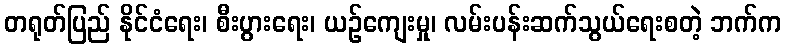
တရုတ်ပြည် နိုင်ငံရေး၊ စီးပွားရေး၊ ယဉ်ကျေးမှု၊ လမ်းပန်းဆက်သွယ်ရေးစတဲ့ ဘက်က